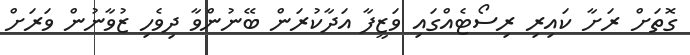
ގޮތަށް ރަށާ ކައިރި ރިސޯޓެއްގައި ވަޒީފާ އަދާކުރަން ބޭނުންވާ ދިވެހި ޒުވާނުން ވަރަށް